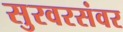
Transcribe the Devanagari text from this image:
सुरवरसंवर